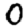
Digit: 0